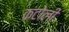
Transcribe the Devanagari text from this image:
कंटोली